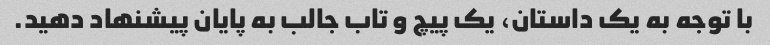
با توجه به یک داستان، یک پیچ و تاب جالب به پایان پیشنهاد دهید.